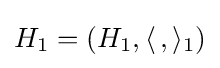
H_{1}=(H_{1},\langle \,,\rangle _{1})